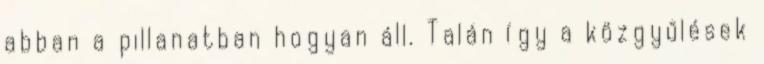
abban a pillanatban hogyan áll. Talán így a közgyűlések